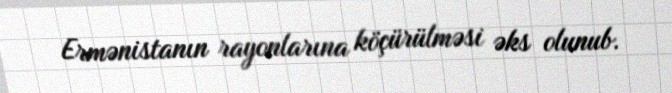
Ermənistanın rayonlarına köçürülməsi əks olunub.